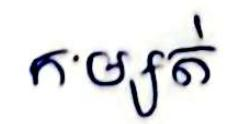
កម្សត់